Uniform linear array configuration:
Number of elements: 24
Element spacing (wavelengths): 1
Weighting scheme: exponential
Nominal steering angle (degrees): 30
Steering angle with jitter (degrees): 31.57
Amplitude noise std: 0.05
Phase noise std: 0.05

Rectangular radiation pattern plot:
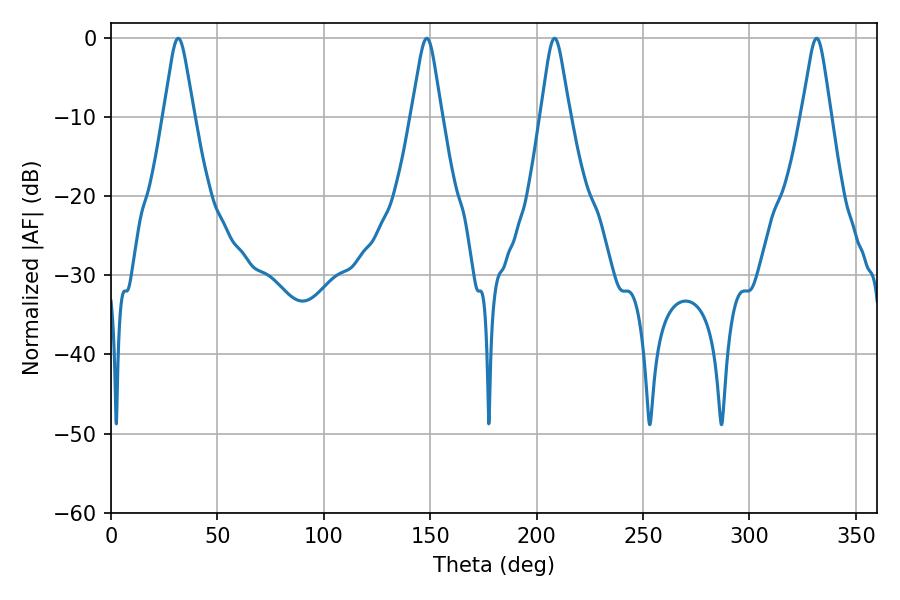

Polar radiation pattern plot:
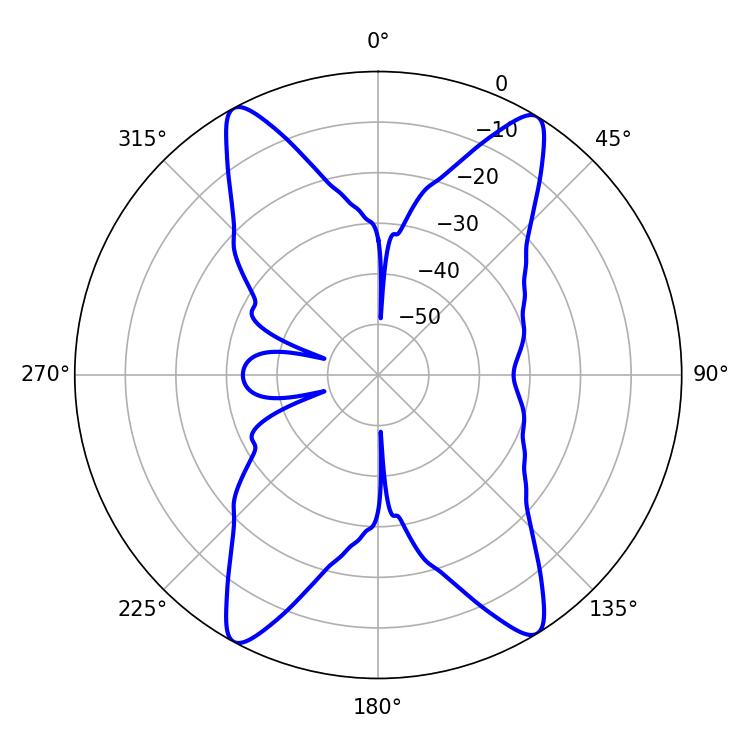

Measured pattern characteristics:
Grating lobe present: TRUE
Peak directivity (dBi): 20.42
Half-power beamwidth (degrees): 6.48
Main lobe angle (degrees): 208.44